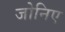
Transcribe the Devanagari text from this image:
जोनिए